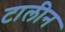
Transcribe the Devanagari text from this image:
टालीन